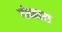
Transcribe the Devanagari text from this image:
गोव्यास